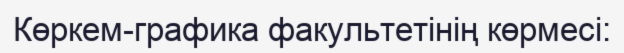
Көркем-графика факультетінің көрмесі: